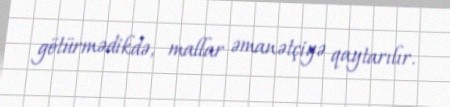
götürmədikdə, mallar əmanətçiyə qaytarılır.